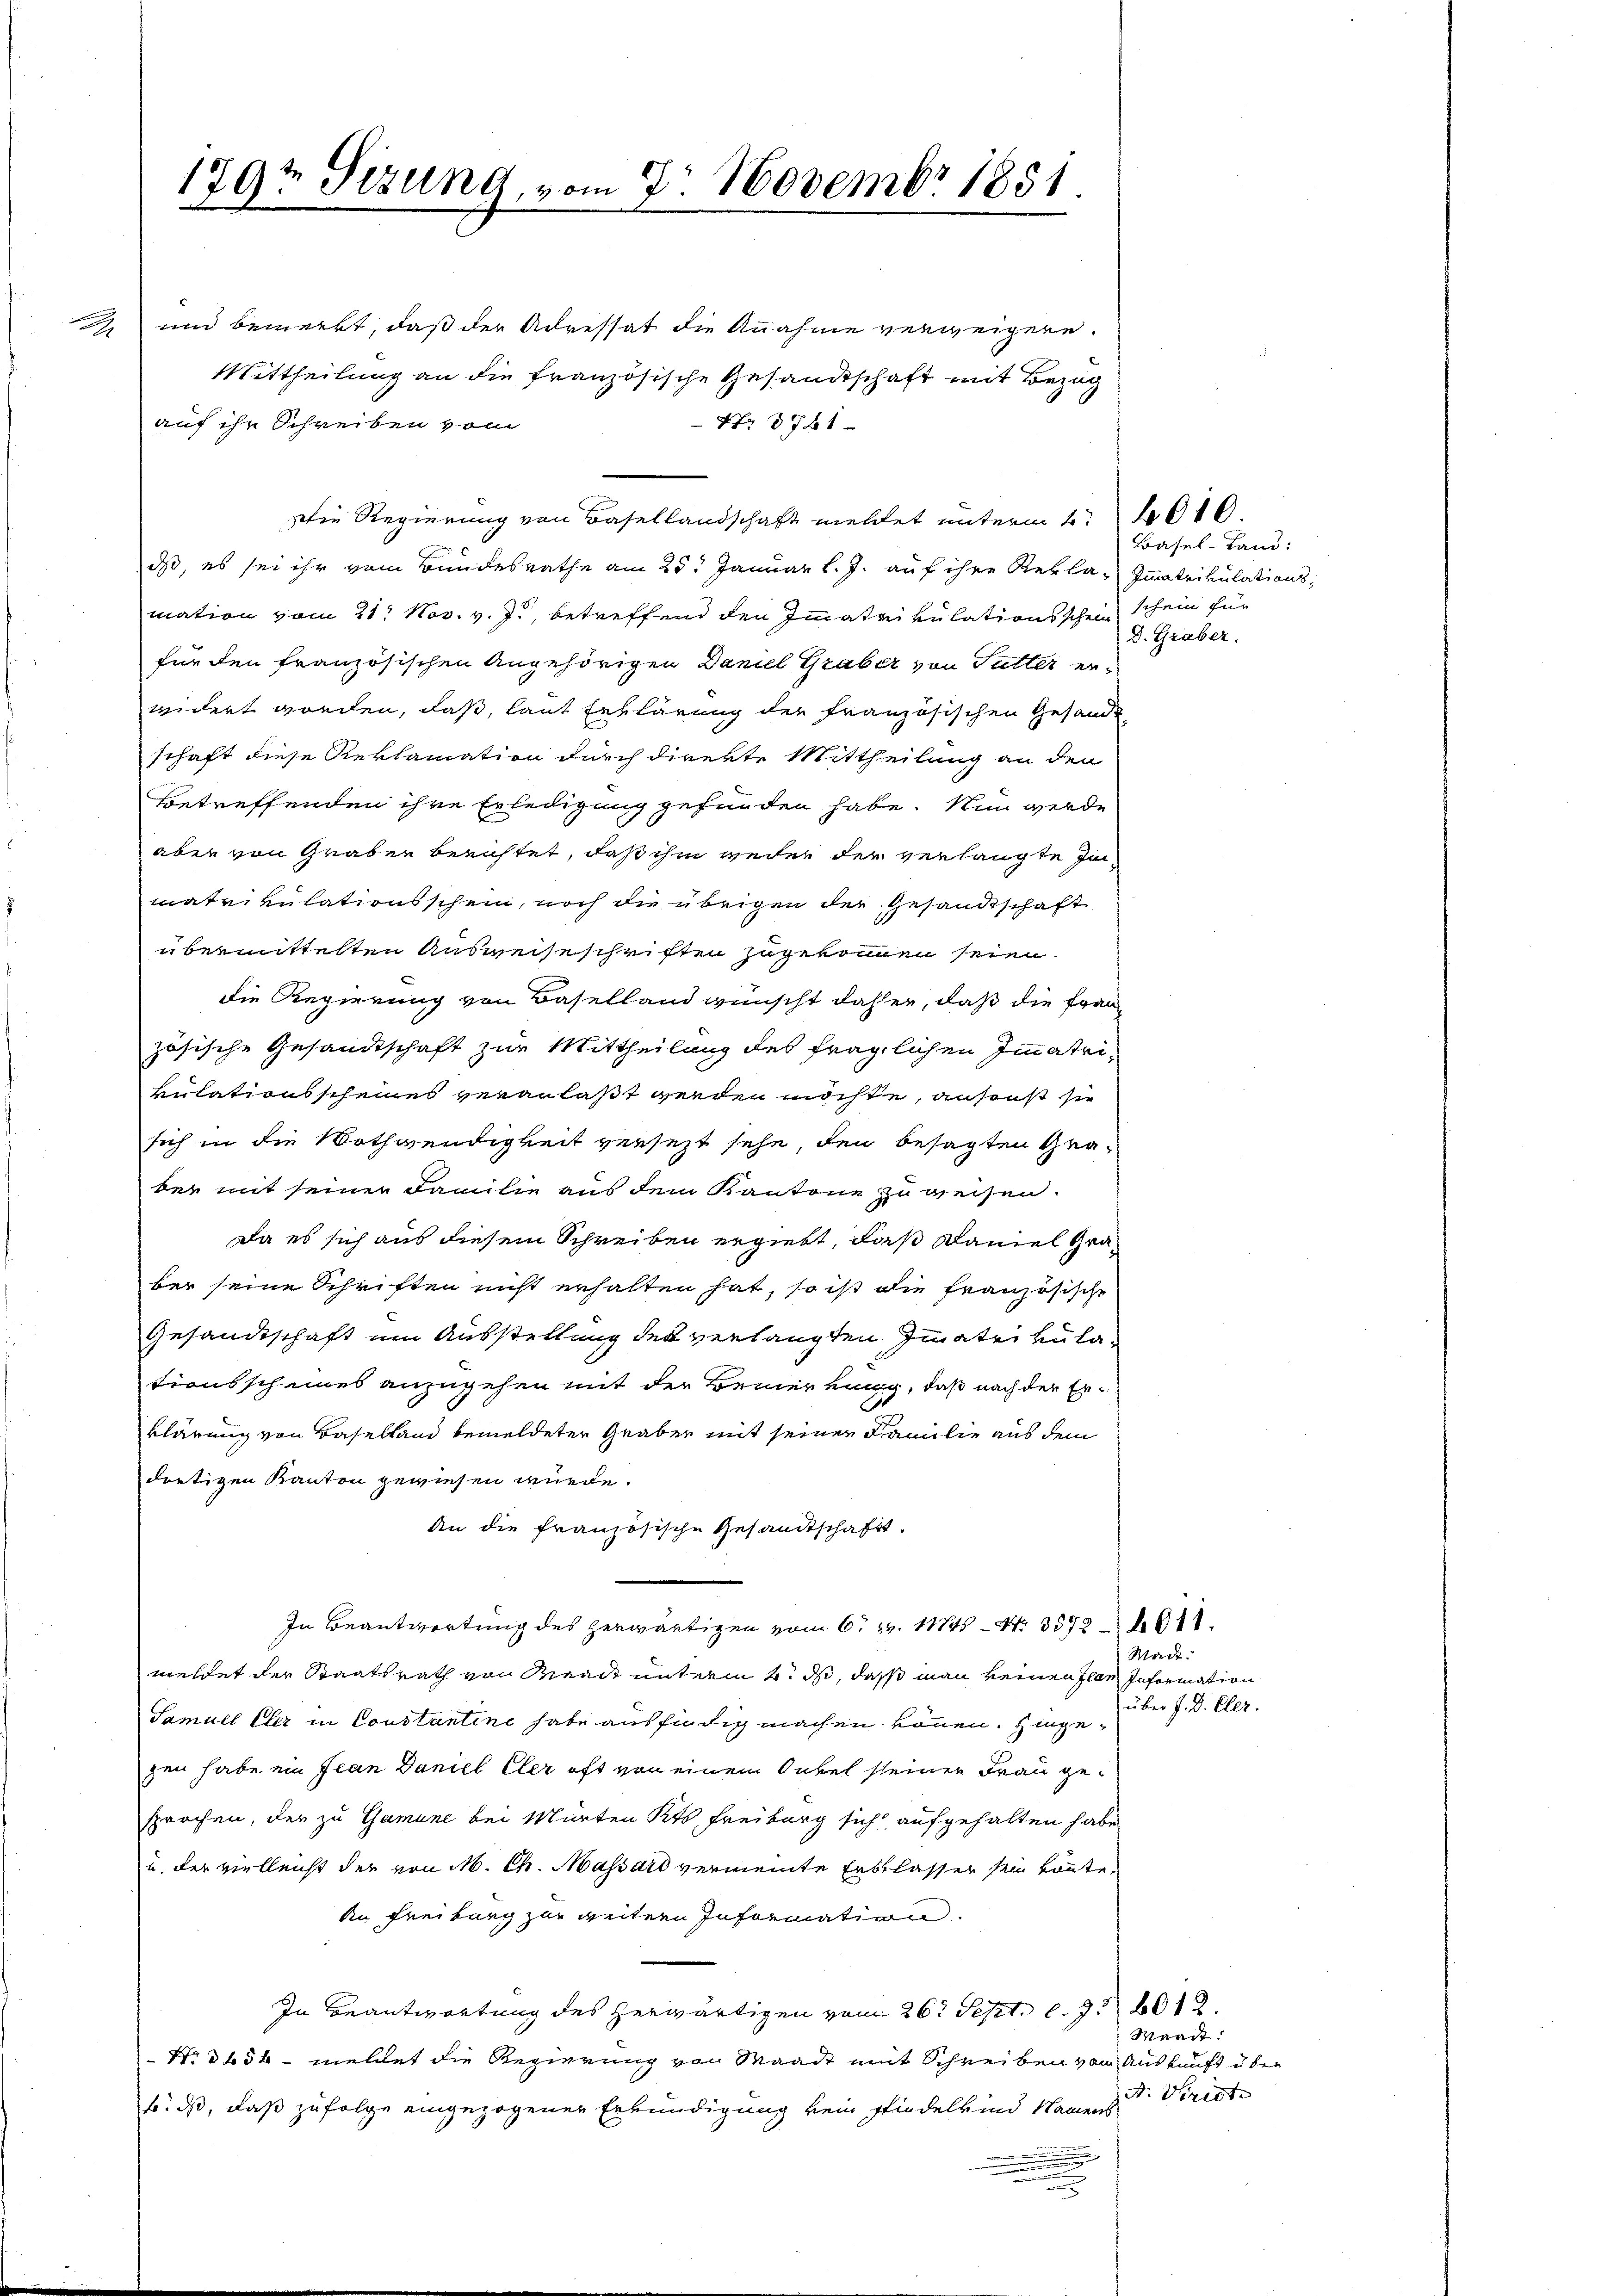
a

179t Sizung, vom 7. Novembr 1851.
2

" und bemerkt, daß der Adressat die Annahme verweigern.
Mittheilung an die französische Gesandtschaft mit Bezug
auf ihr Schreiben vom
Nr 1761
Die Regierung von Basellandschaft meldet unterm 6. 10.
ds, es sei ihr vom Bundesrathe am 25. Januar l. J. auf ihre Rekla-Immatrikulations-
mation vom 21. Nov. v. J., betreffend den Immatrikulationsschein schein für
für den französischen Angehörigen Daniel Graber von Tutter erwidert worden, daß, laut Erklärung der französischen Gesandtschaft diese Reklamation durch direkte Mittheilung an den
Betreffenden ihre Erledigung gefunden habe. Nun werde
aber von Graben berichtet, daß ihm weder der verlangte Inmatrikulationsschein, noch die übrigen der Gesandtschaft
übermittelten Ausweiseschriften zugekommen seien.
Die Regierung von Baselland wünscht daher, daß die Frau
zösische Gesandtschaft zur Mittheilung des fraglichen Immatrikulationsscheines veranlaßt werden möchte, ansonst sie
sich in die Nothwendigkeit versezt sehe, den besagten Graber mit seiner Familie aus dem Kantone zu weisen.
Da es sich aus diesem Schreiben ergiebt, daß Mariel Graber seine Schriften nicht erhalten hat, so ist die französische
Gesandtschaft um Ausstellung des verlangten Immatrikulationsscheines anzugehen mit der Bemerkung, daß nach der Erklärung von Baselland bemeldeter Graber mit seiner Familie aus dem
dretigen Kanton gewiesen würde.
An die französische Gesandtschaft.
In Beantwortung des herwärtigen vom 6. 14. Mts. N. 3372611.
Stadt.
meldet der Staatsrath von Waadt unterm 4. ds, dass man keinen Plan Information
Samuel Eler in Coustantine habe ausfindig machen können. Hingezen habe ein Jean Daniel Elter oft von einem Onkel seiner Frau gesprochen, der zu Gamine bei Mürten Kts. Freiburg sich aufgehalten habe
u. der vielleicht der von M. Ch. Massard vermeinte Erblasser sein könte
An Freiburg zur weitern Information.
In Beantwortung des herwärtigen vom 26. Sept. l. J. 612.
Nrdhöh - meldet die Regierung von Waadt mit Schreiben von Auskunft u. bei
b. ds, daß zufolge eingezogener Erkundigung kein findelkind Namens
n
.

Basel-Land:
D. Graber

über J. D. Cler.

Waadt:
A. Wiritte